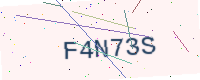
Text: F4N73S